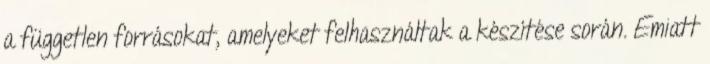
a független forrásokat, amelyeket felhasználtak a készítése során. Emiatt